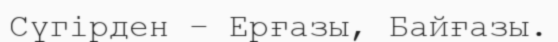
Сүгірден – Ерғазы, Байғазы.